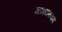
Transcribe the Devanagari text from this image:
माध्यश्थम